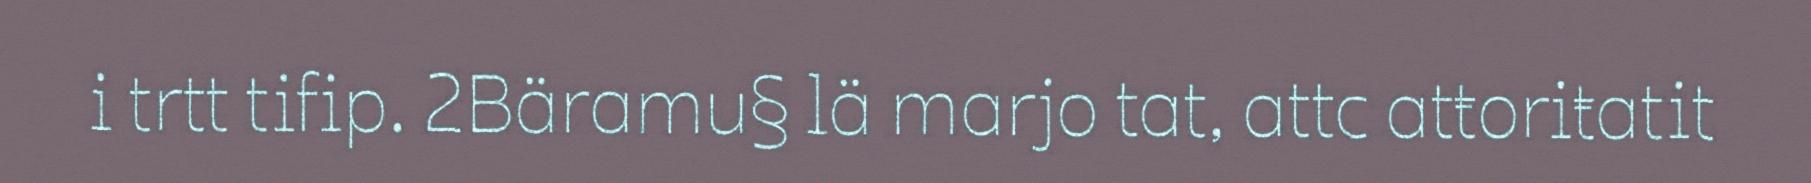
i trtt tifip. 2Bäramu§ lä marjo tat, attc atŧoriŧatit